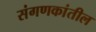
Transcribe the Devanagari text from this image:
संगणकांतील